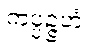
ကပ္ပဉ္ဇဟံ